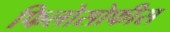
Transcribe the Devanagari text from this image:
फिलोसोफीस